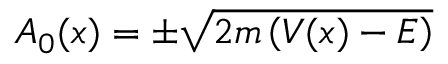
A _ { 0 } ( x ) = \pm { \sqrt { 2 m \left( V ( x ) - E \right) } }